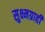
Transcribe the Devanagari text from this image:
सुक्ष्मग्राही